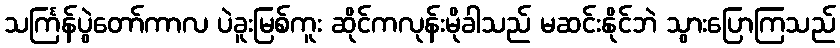
သင်္ကြန်ပွဲတော်ကာလ ပဲခူးမြစ်ကူး ဆိုင်ကလုန်းမိုခါသည် မဆင်းနိုင်ဘဲ သွားပြောကြသည်